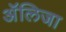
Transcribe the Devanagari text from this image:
अॅलिजा